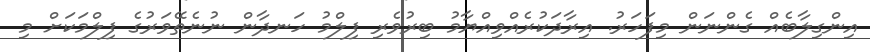
އިންގިލާބެއް ގެންނަން މިފަހަރު. އިރާދަކުރެއްވިއްޔާމު ބިރުވެރި ފިލްމު ހަނދާން ނުނެތޭވަރުގެ ފިލްމަކަށް މި